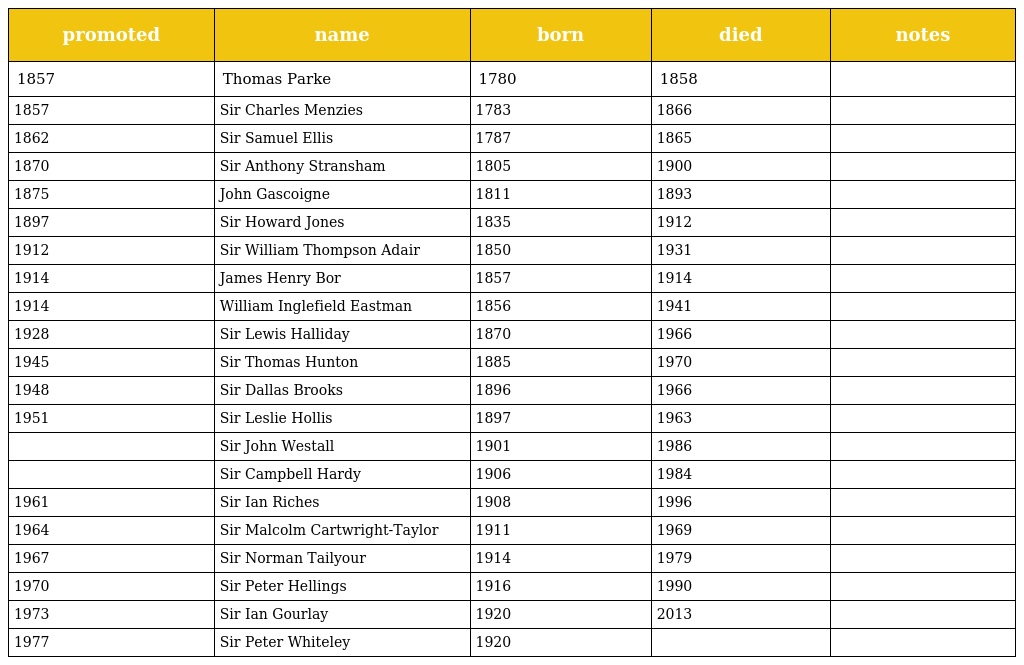
| promoted | name | born | died | notes |
 | --- | --- | --- | --- | --- |
 | 1857 | Thomas Parke | 1780 | 1858 |  |
 | 1857 | Sir Charles Menzies | 1783 | 1866 |  |
 | 1862 | Sir Samuel Ellis | 1787 | 1865 |  |
 | 1870 | Sir Anthony Stransham | 1805 | 1900 |  |
 | 1875 | John Gascoigne | 1811 | 1893 |  |
 | 1897 | Sir Howard Jones | 1835 | 1912 |  |
 | 1912 | Sir William Thompson Adair | 1850 | 1931 |  |
 | 1914 | James Henry Bor | 1857 | 1914 |  |
 | 1914 | William Inglefield Eastman | 1856 | 1941 |  |
 | 1928 | Sir Lewis Halliday | 1870 | 1966 |  |
 | 1945 | Sir Thomas Hunton | 1885 | 1970 |  |
 | 1948 | Sir Dallas Brooks | 1896 | 1966 |  |
 | 1951 | Sir Leslie Hollis | 1897 | 1963 |  |
 |  | Sir John Westall | 1901 | 1986 |  |
 |  | Sir Campbell Hardy | 1906 | 1984 |  |
 | 1961 | Sir Ian Riches | 1908 | 1996 |  |
 | 1964 | Sir Malcolm Cartwright-Taylor | 1911 | 1969 |  |
 | 1967 | Sir Norman Tailyour | 1914 | 1979 |  |
 | 1970 | Sir Peter Hellings | 1916 | 1990 |  |
 | 1973 | Sir Ian Gourlay | 1920 | 2013 |  |
 | 1977 | Sir Peter Whiteley | 1920 |  |  |